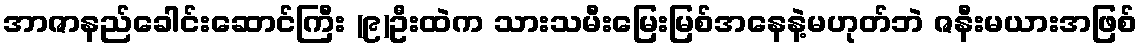
အာဇာနည်ခေါင်းဆောင်ကြီး (၉)ဦးထဲက သားသမီးမြေးမြစ်အနေနဲ့မဟုတ်ဘဲ ဇနီးမယားအဖြစ်